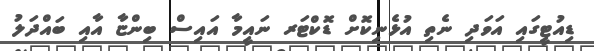
ޑިއުޓީގައި އަވަދި ނެތި އުޅެނިކޮށް ޑޮކްޓަރ ނައީމާ އައިސް ބިންޏާ އާއި ބައްދަލު